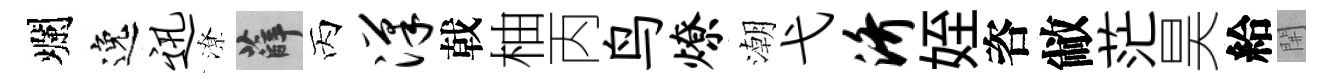
爛逸迅潦薛丙汉戟柚丙鸟燎潮弋济姪咨敝茫昊給𨳩